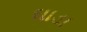
ઘાડા